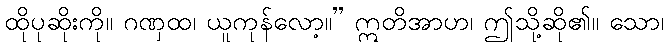
ထိုပုဆိုးကို။ ဂဏှထ၊ ယူကုန်လော့။” ဣတိအာဟ၊ ဤသို့ဆို၏။ သော၊